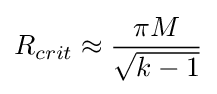
R_{crit}\approx {\frac {\pi M}{\sqrt {k-1}}}